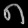
Digit: ၈